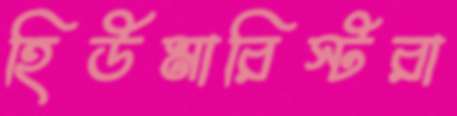
হিউমারিস্টরা